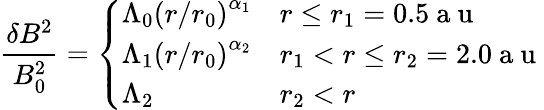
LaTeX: \frac{\delta B^{2}}{B_{0}^{2}}=\left\{ \begin{array}{ll}{\Lambda_{0}\left(r/r_{0}\right)^{\alpha_{1}}}&{r\leq r_{1}=0.5\mathrm{~a~u~}}\\ {\Lambda_{1}\left(r/r_{0}\right)^{\alpha_{2}}}&{r_{1}<r\leq r_{2}=2.0\mathrm{~a~u~}}\\ {\Lambda_{2}}&{r_{2}<r}\end{array}\right.